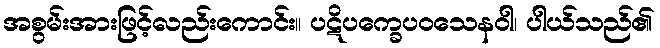
အစွမ်းအားဖြင့်လည်းကောင်း။ ပဋိပက္ခေပဝသေနဝါ၊ ပါယ်သည်၏